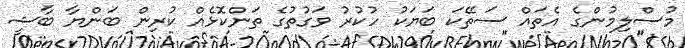
މުސްލިމުންގެ އެތައް ސަތޭކަ ބަޔަކު ހުކުރު ވަގުތުގެ ތަންކޮޅެއް ކުރިން ބަންޔާ ބާޝީ